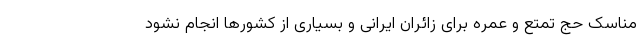
مناسک حج تمتع و عمره برای زائران ایرانی و بسیاری از کشورها انجام نشود